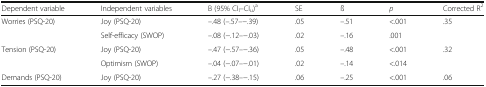
<table><thead><tr><td><b>Dependent variable</b></td><td><b>Independent variables</b></td><td><b>B (95% CI<sub>l</sub>–CI<sub>u</sub>)<sup>a</sup></b></td><td><b>SE</b></td><td><b>ß</b></td><td><b><i>p</i></b></td><td><b>Corrected R<sup>2</sup></b></td></tr></thead><tbody><tr><td rowspan="2">Worries (PSQ-20)</td><td>Joy (PSQ-20)</td><td>–.48 (–.57–−.39)</td><td>.05</td><td>–.51</td><td>&lt;.001</td><td rowspan="2">.35</td></tr><tr><td>Self-efficacy (SWOP)</td><td>–.08 (−.12–−.03)</td><td>.02</td><td>–.16</td><td>.001</td></tr><tr><td rowspan="2">Tension (PSQ-20)</td><td>Joy (PSQ-20)</td><td>–.47 (−.57–−.36)</td><td>.05</td><td>–.48</td><td>&lt;.001</td><td rowspan="2">.32</td></tr><tr><td>Optimism (SWOP)</td><td>–.04 (−.07–−.01)</td><td>.02</td><td>–.14</td><td>&lt;.014</td></tr><tr><td>Demands (PSQ-20)</td><td>Joy (PSQ-20)</td><td>–.27 (−.38–−.15)</td><td>.06</td><td>–.25</td><td>&lt;.001</td><td>.06</td></tr></tbody></table>